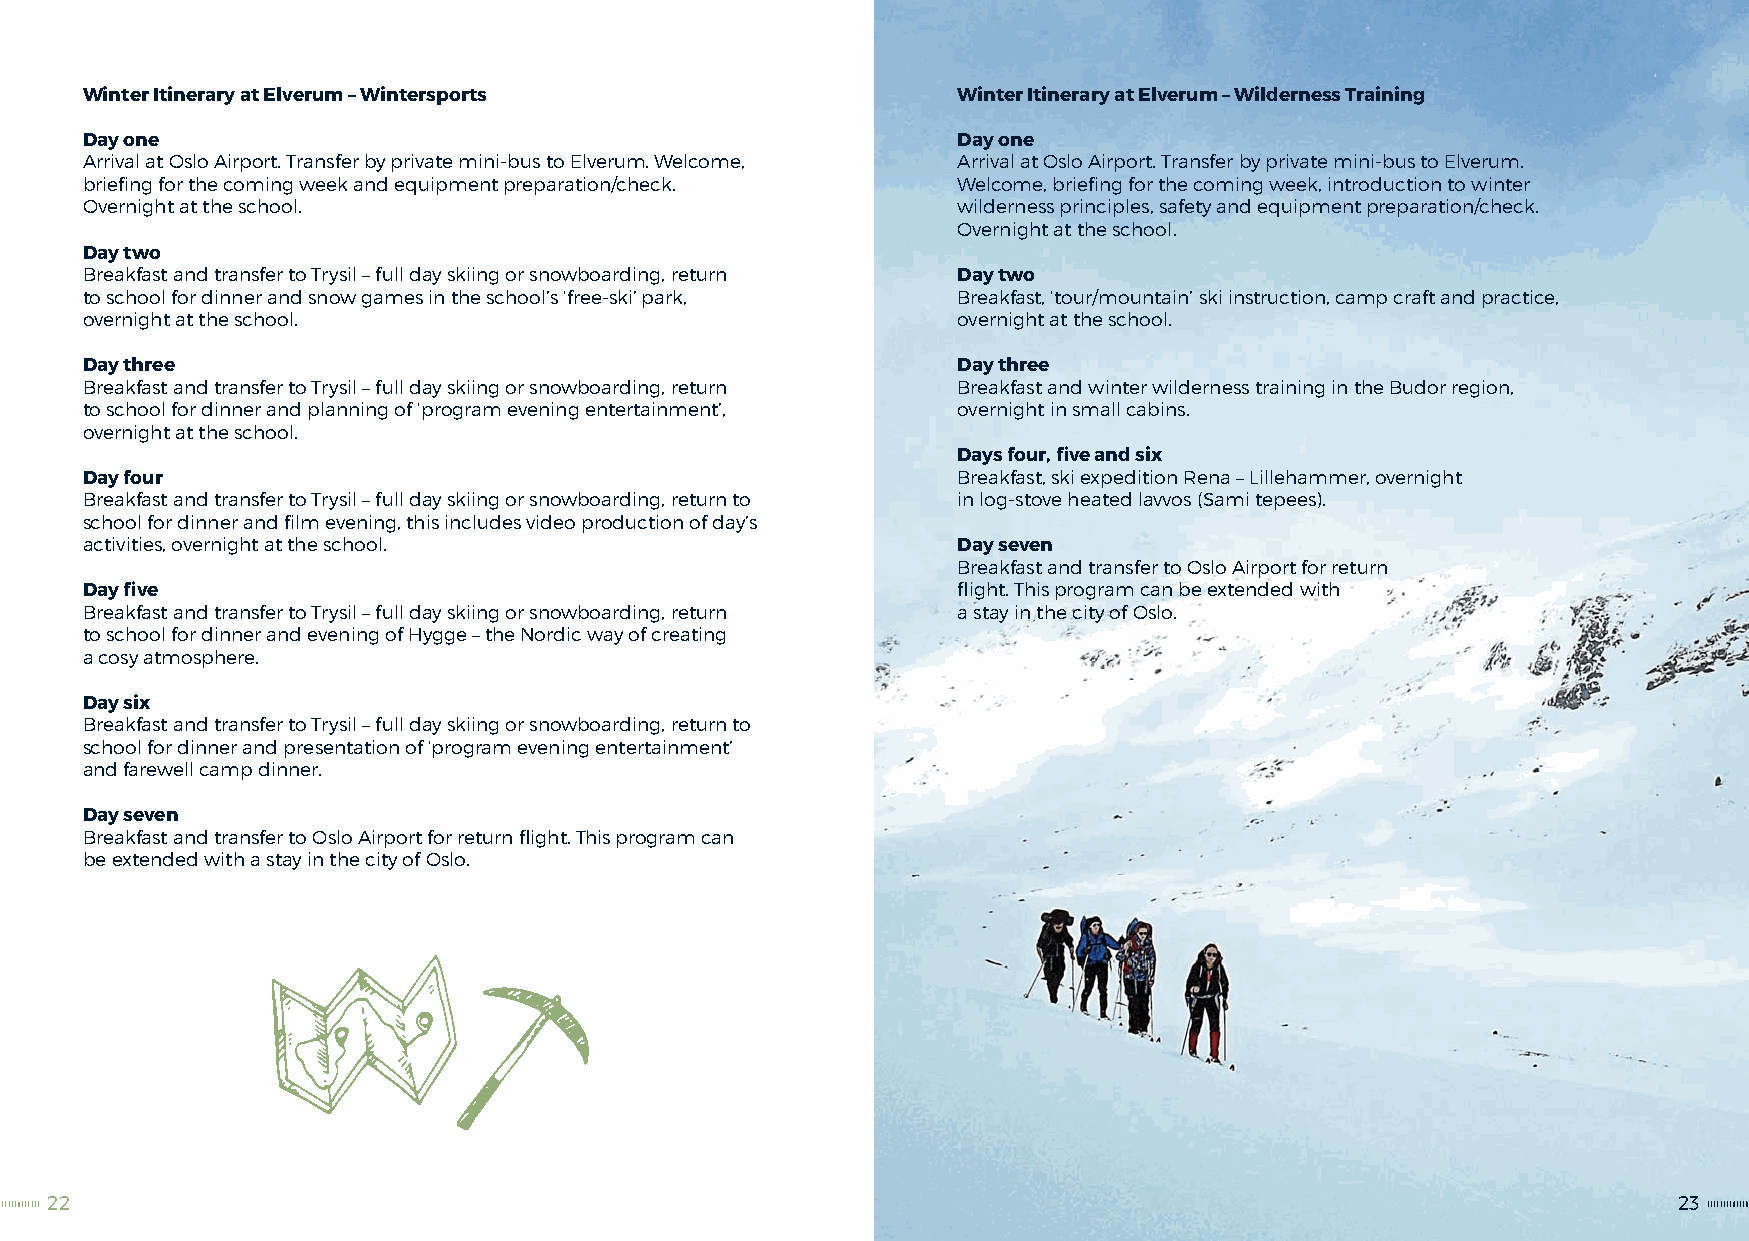
Winter Itinerary at Elverum – Wintersports                Winter Itinerary at Elverum – Wilderness Training
 Day one                                                   Day one
 Arrival at Oslo Airport. Transfer by private mini-bus to Elverum. Welcome, Arrival at Oslo Airport. Transfer by private mini-bus to Elverum.
 briefing for the coming week and equipment preparation/check. Welcome, briefing for the coming week, introduction to winter
 Overnight at the school.                                  wilderness principles, safety and equipment preparation/check.
 Overnight at the school.
 Day two
 Breakfast and transfer to Trysil – full day skiing or snowboarding, return Day two
 to school for dinner and snow games in the school’s ‘free-ski’ park, Breakfast, ‘tour/mountain’ ski instruction, camp craft and practice,
 overnight at the school.                                  overnight at the school.
 Day three                                                 Day three
 Breakfast and transfer to Trysil – full day skiing or snowboarding, return Breakfast and winter wilderness training in the Budor region,
 to school for dinner and planning of ‘program evening entertainment’, overnight in small cabins.
 overnight at the school.
 Days four, five and six
 Day four                                                  Breakfast, ski expedition Rena – Lillehammer, overnight
 Breakfast and transfer to Trysil – full day skiing or snowboarding, return to in log-stove heated lavvos (Sami tepees).
 school for dinner and film evening, this includes video production of day’s
 activities, overnight at the school.                      Day seven
 Breakfast and transfer to Oslo Airport for return
 Day five                                                  flight. This program can be extended with
 Breakfast and transfer to Trysil – full day skiing or snowboarding, return a stay in the city of Oslo.
 to school for dinner and evening of Hygge – the Nordic way of creating
 a cosy atmosphere.
 Day six
 Breakfast and transfer to Trysil – full day skiing or snowboarding, return to
 school for dinner and presentation of ‘program evening entertainment’
 and farewell camp dinner.
 Day seven
 Breakfast and transfer to Oslo Airport for return flight. This program can
 be extended with a stay in the city of Oslo.
 22                                                                                                          23